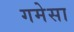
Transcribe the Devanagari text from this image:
गमेसा